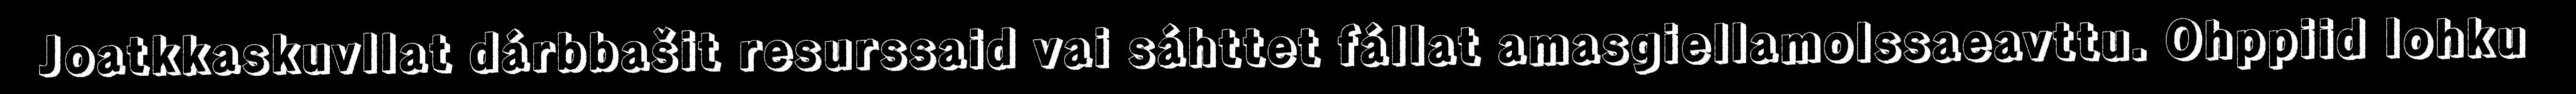
Joatkkaskuvllat dárbbašit resurssaid vai sáhttet fállat amasgiellamolssaeavttu. Ohppiid lohku